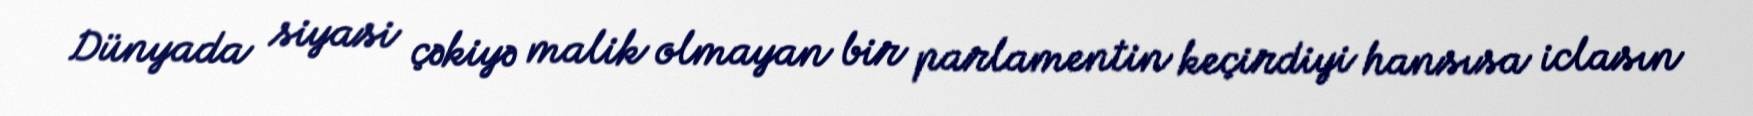
Dünyada siyasi çəkiyə malik olmayan bir parlamentin keçirdiyi hansısa iclasın